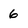
Character: 6